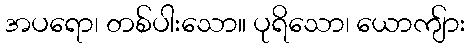
အပရော၊ တစ်ပါးသော။ ပုရိသော၊ ယောကျ်ား